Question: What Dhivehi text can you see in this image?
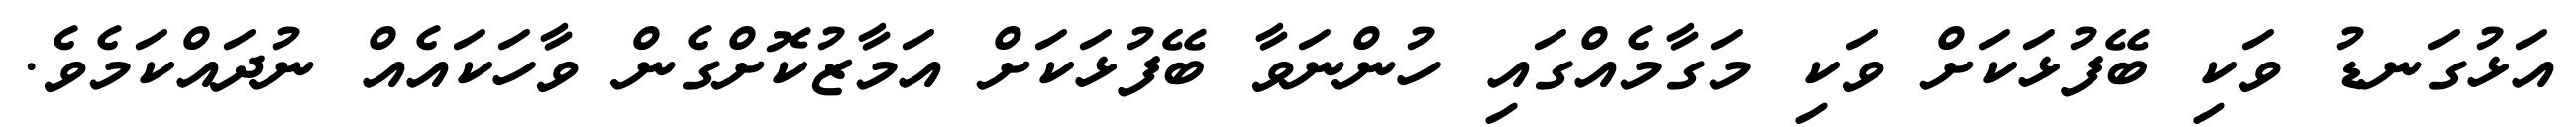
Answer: އަޅުގަނޑު ވަކި ބޭފުޅަކަށް ވަކި މަގާމެއްގައި ހުންނަވާ ބޭފުޅަކަށް އަމާޒުކޮށްގެން ވާހަކައެއް ނުދައްކަމެވެ.